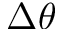
\Delta \theta